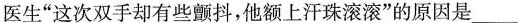
医生”这次双手却有些颤抖，他额上汗珠滚滚”的原因是___